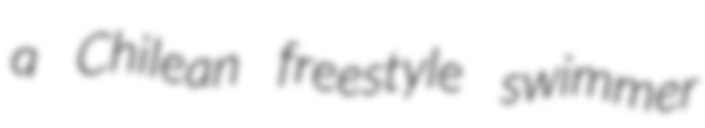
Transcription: a Chilean freestyle swimmer